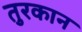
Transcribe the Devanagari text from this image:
तुरकान